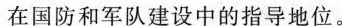
在国防和军队建设中的指导地位。